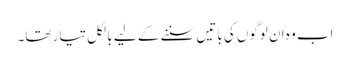
اب وہ ان لوگوں کی باتیں سننے کے لیے بالکل تیار تھا۔